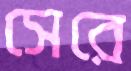
সেরে